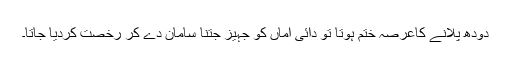
دودھ پلانے کاعرصہ ختم ہوتا تو دائی اماں کو جہیز جتنا سامان دے کر رخصت کردیا جاتا۔